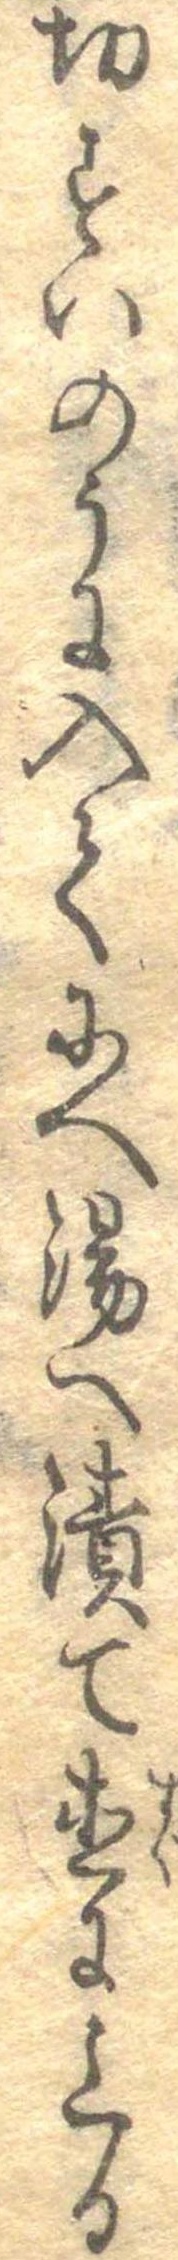
切すいのうに入てにへ湯へ漬て直に上る